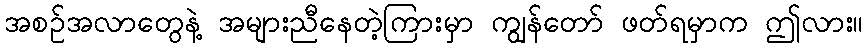
အစဉ်အလာတွေနဲ့ အများညီနေတဲ့ကြားမှာ ကျွန်တော် ဖတ်ရမှာက ဤလား။